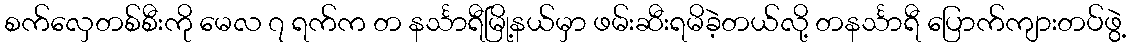
စက်လှေတစ်စီးကို မေလ ၇ ရက်က တ နင်္သာရီမြို့နယ်မှာ ဖမ်းဆီးရမိခဲ့တယ်လို့ တနင်္သာရီ ပြောက်ကျားတပ်ဖွဲ့